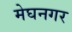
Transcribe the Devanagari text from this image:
मेघनगर